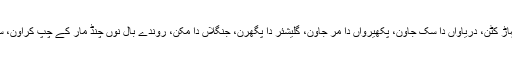
پر بولی نوں نہ منن اِنج ای اے جیویں رُکھ کٹن، پہاڑ کٹن، دریاواں دا سُک جاون، پکھیرواں دا مر جاون، گلیشئر دا پگھرن، جنگلاں دا مُکن، روندے بال نُوں چنڈ مار کے چُپ کراون، سوانی نال مونہہ کالا کرن، قدرت دے ورودھ لڑن۔